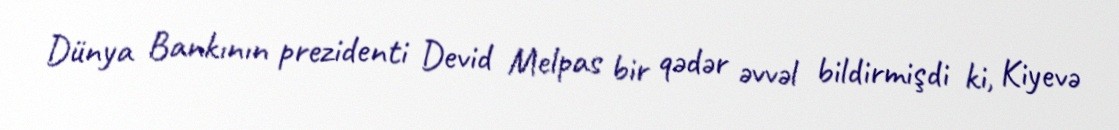
Dünya Bankının prezidenti Devid Melpas bir qədər əvvəl bildirmişdi ki, Kiyevə